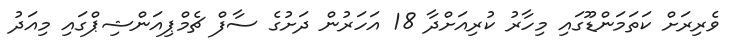
ވެރިރަށް ކަތަމަންޑޫގައި މިހާރު ކުރިއަށްދާ 18 އަހަރުން ދަށުގެ ސާފް ޗެމްޕިއަންޝިޕްގައި މިއަދު